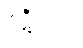
ဇဋိလကံ